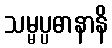
သမ္မပ္ပဓာနာနိ